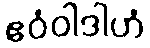
ဧဝံဝါဒါဟံ